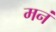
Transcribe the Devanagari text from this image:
मनं